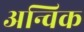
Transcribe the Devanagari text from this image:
अन्विक